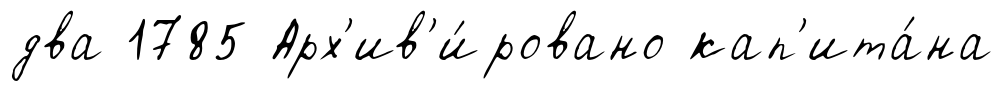
два 1785 Арх'ив'и́ровано кап'ита́на